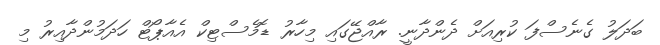
ބަދަލު ގެނެސްފަ ކުރިއަށް ދެންދާނީ. ރާއްޖޭގައި މިހާރު ޑޮމެސްޓިކް އެއާޕޯޓް ހަދަމުންދާއިރު މި